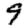
Digit: 9